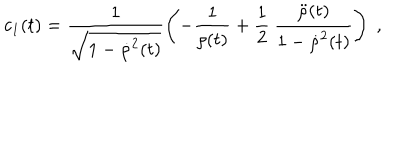
LaTeX: c _ { 1 } ( t ) = \frac { 1 } { \sqrt { 1 - { \dot { \rho } } ^ { 2 } ( t ) } } \left( - \frac { 1 } { \rho ( t ) } + \frac { 1 } { 2 } \: \frac { { \ddot { \rho } } ( t ) } { 1 - { \dot { \rho } } ^ { 2 } ( t ) } \right) \; ,